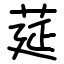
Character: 莚